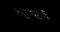
આગાળ